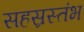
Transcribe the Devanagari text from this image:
सहस्रस्तंभ